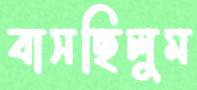
বাসছিলুম